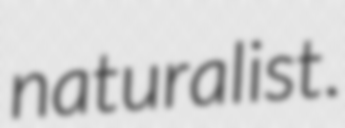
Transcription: naturalist.